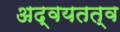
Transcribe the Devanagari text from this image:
अद्वयतत्व